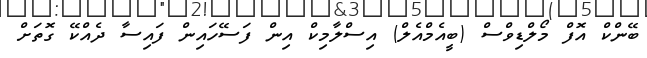
ބޭންކް އޮފް މޯލްޑިވްސް (ބީއެމްއެލް) އިސްލާމިކް އިން ފަސޭހައިން ފައިސާ ދެއްކޭ ގޮތަށް